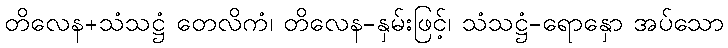
တိလေန+သံသဋ္ဌံ တေလိကံ၊ တိလေန-နှမ်းဖြင့်၊ သံသဋ္ဌံ-ရောနှော အပ်သော